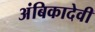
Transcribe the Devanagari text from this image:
अंबिकादेवी